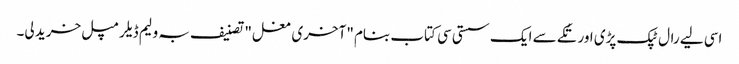
اسی لیے رال ٹپک پڑی اور تُکے سے ایک سستی سی کتاب بنام "آخری مغل" تصنیف بہ ولیم ڈیلرمپل خرید لی۔